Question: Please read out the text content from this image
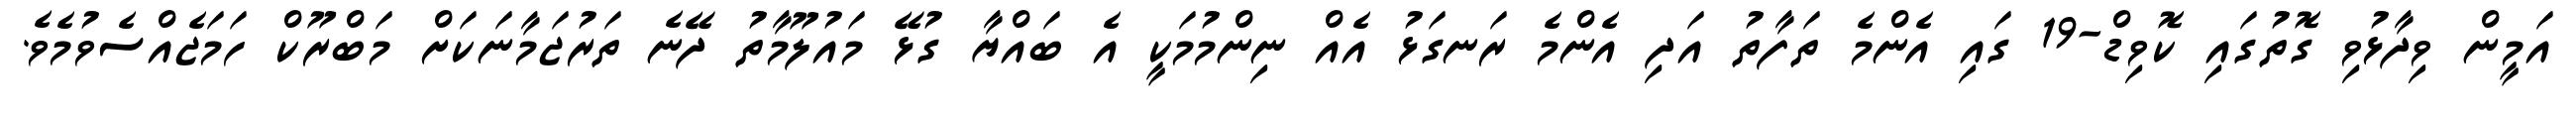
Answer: އަމީން ވިދާޅުވި ގޮތުގައި ކޮވިޑް-19 ގައި އެންމެ ތަފާތު އަދި އެންމެ ރަނގަޅު އެއް ނިންމުމަކީ އެ ބައްޔާ ގުޅޭ މައުލޫމާތު ދޭނެ ތަރުޖަމާނަކަށް މަބްރޫކް ހަމަޖެއްސެވުމެވެ.